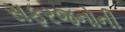
સફરજનોની